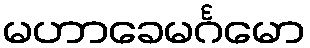
မဟာခေမင်္ဂမော